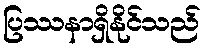
ပြဿနာရှိနိုင်သည်